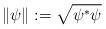
LaTeX: \begin{align*}\|\psi\|:=\sqrt{\psi^*\psi}\end{align*}